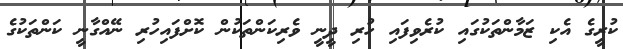
ކުރީގެ އެކި ޒަމާންތަކުގައި ކުރެވިފައި ހުރި ދީނީ ވެރިކަންތަކުން ކޮށްފައިހުރި ނޭއްގާނީ ކަންތަކުގެ